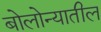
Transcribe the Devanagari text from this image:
बोलोन्यातील